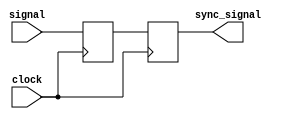
`timescale 1ns / 1ps

module synchronizer(
  input  signal,
  input  clock,
  output  sync_signal
);

  reg reg1; 
  reg reg2; 

  always @(posedge clock) begin
    reg1 <= signal;
    reg2 <= reg1;
  end

  assign sync_signal = reg2; 

endmodule